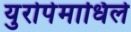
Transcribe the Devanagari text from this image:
युरोपेमाधिले